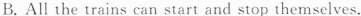
B. All the trains can start and stop themselves.